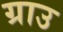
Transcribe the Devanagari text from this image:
ग्राउ